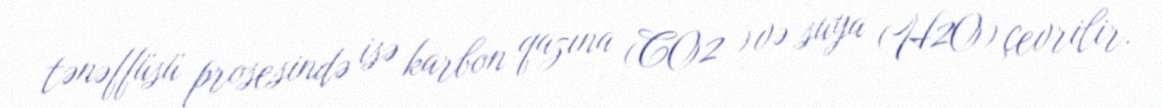
tənəffüsü prosesində isə karbon qazına (CO2 ) və suya (H2O) çevrilir.